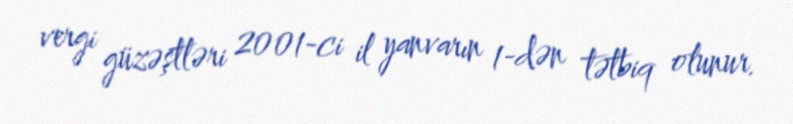
vergi güzəştləri 2001-ci il yanvarın 1-dən tətbiq olunur.